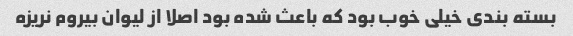
بسته بندی خیلی خوب بود که باعث شده بود اصلا از لیوان بیروم نریزه